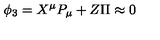
{ } \phi _ { 3 } = X ^ { \mu } P _ { \mu } + Z \Pi \approx 0